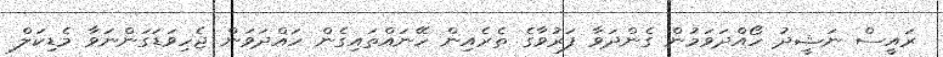
ރައީސް ނަޝީދު ހޯއްދަވަމުން ގެންދަވާ ފަރުވާގެ ތެރެއިން ހޭނައްތައިގެން ހައްދަވަން ޖެހިވަޑަގަންނަވާ މެޑިކަލް